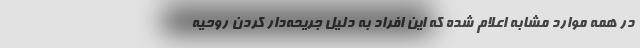
در همه موارد مشابه اعلام شده که این افراد به دلیل جریحه‌دار کردن روحیه